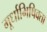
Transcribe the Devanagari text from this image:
मूर्धाभिषिक्ता